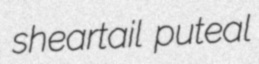
sheartail puteal